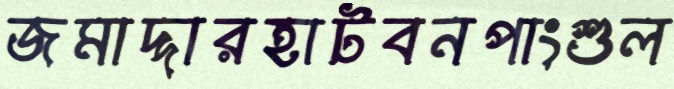
জমাদ্দারহাটবনপাংশুল